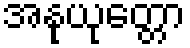
အနုယုတ္တော